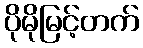
ပိုမိုမြင့်တက်